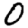
Digit: 0